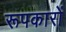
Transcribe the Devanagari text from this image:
रूपकारों